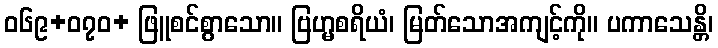
ဝ၆၉+၀၇ဝ+ ဖြူစင်စွာသော။ ဗြဟ္မစရိယံ၊ မြတ်သောအကျင့်ကို။ ပကာသေန္တိ၊